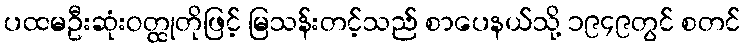
ပထမဦးဆုံးဝတ္ထုတိုဖြင့် မြသန်းတင့်သည် စာပေနယ်သို့ ၁၉၄၉တွင် စတင်